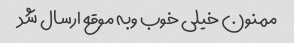
ممنون خیلی خوب وبه موقع ارسال شد